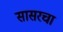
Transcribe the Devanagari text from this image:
सासरचा